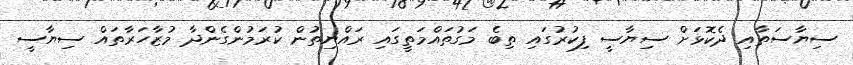
ސިޔާސަތާއި ދެކޮޅަށް ސިޔާސީ ފިކުރުގައި ތިބެ މަގުތައްމަތީގައި ރައްޔިތުން ކުރަމުންގެންދާ މުޒާހަރާތައް ސިޔާސީ